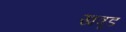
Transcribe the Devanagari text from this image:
खत्रूड